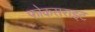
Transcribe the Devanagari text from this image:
फोकसराइट